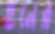
হনের